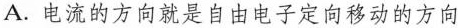
A.电流的方向就是自由电子定向移动的方向